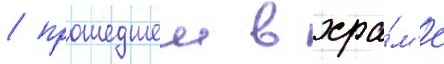
/ прошедшеи в хра́м'е